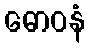
ဓောဝနံ